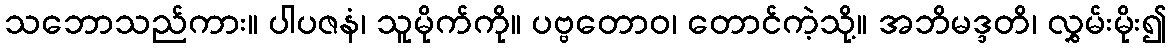
သဘောသည်ကား။ ပါပဇနံ၊ သူမိုက်ကို။ ပဗ္ဗတောဝ၊ တောင်ကဲ့သို့။ အဘိမဒ္ဒတိ၊ လွှမ်းမိုး၍